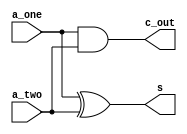
//half adder
// Verilog one-bit half adder slice Theja 6th Aug

module half_adder(a_one,a_two,s,c_out);//combi block
   input  a_one;
   input  a_two; 
   output s;
   output c_out;

   assign  s = a_one ^ a_two;

   assign  c_out = (a_one & a_two);  

endmodule